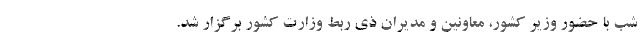
شب با حضور وزیر کشور، معاونین و مدیران ذی ربط وزارت کشور برگزار شد.